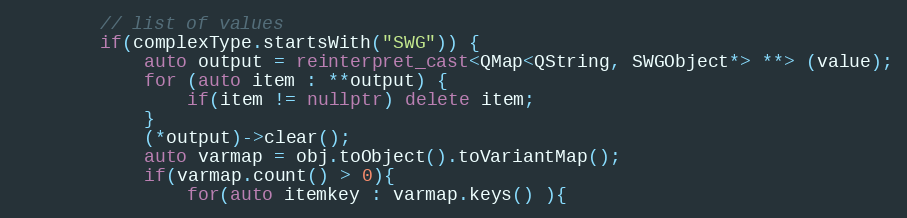
Language: C++
        // list of values
        if(complexType.startsWith("SWG")) {
            auto output = reinterpret_cast<QMap<QString, SWGObject*> **> (value);
            for (auto item : **output) {
                if(item != nullptr) delete item;
            }
            (*output)->clear();
            auto varmap = obj.toObject().toVariantMap();
            if(varmap.count() > 0){
                for(auto itemkey : varmap.keys() ){